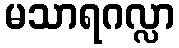
မသာရဂလ္လာ